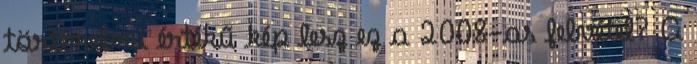
történelmi értékű kép lesz ez a 2008-as felvétel? A